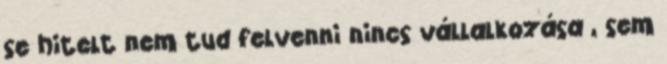
se hitelt nem tud felvenni nincs vállalkozása , sem